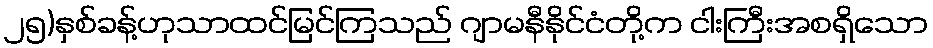
၂၅)နှစ်ခန့်ဟုသာထင်မြင်ကြသည် ဂျာမနီနိုင်ငံတို့က ငါးကြီးအစရှိသော